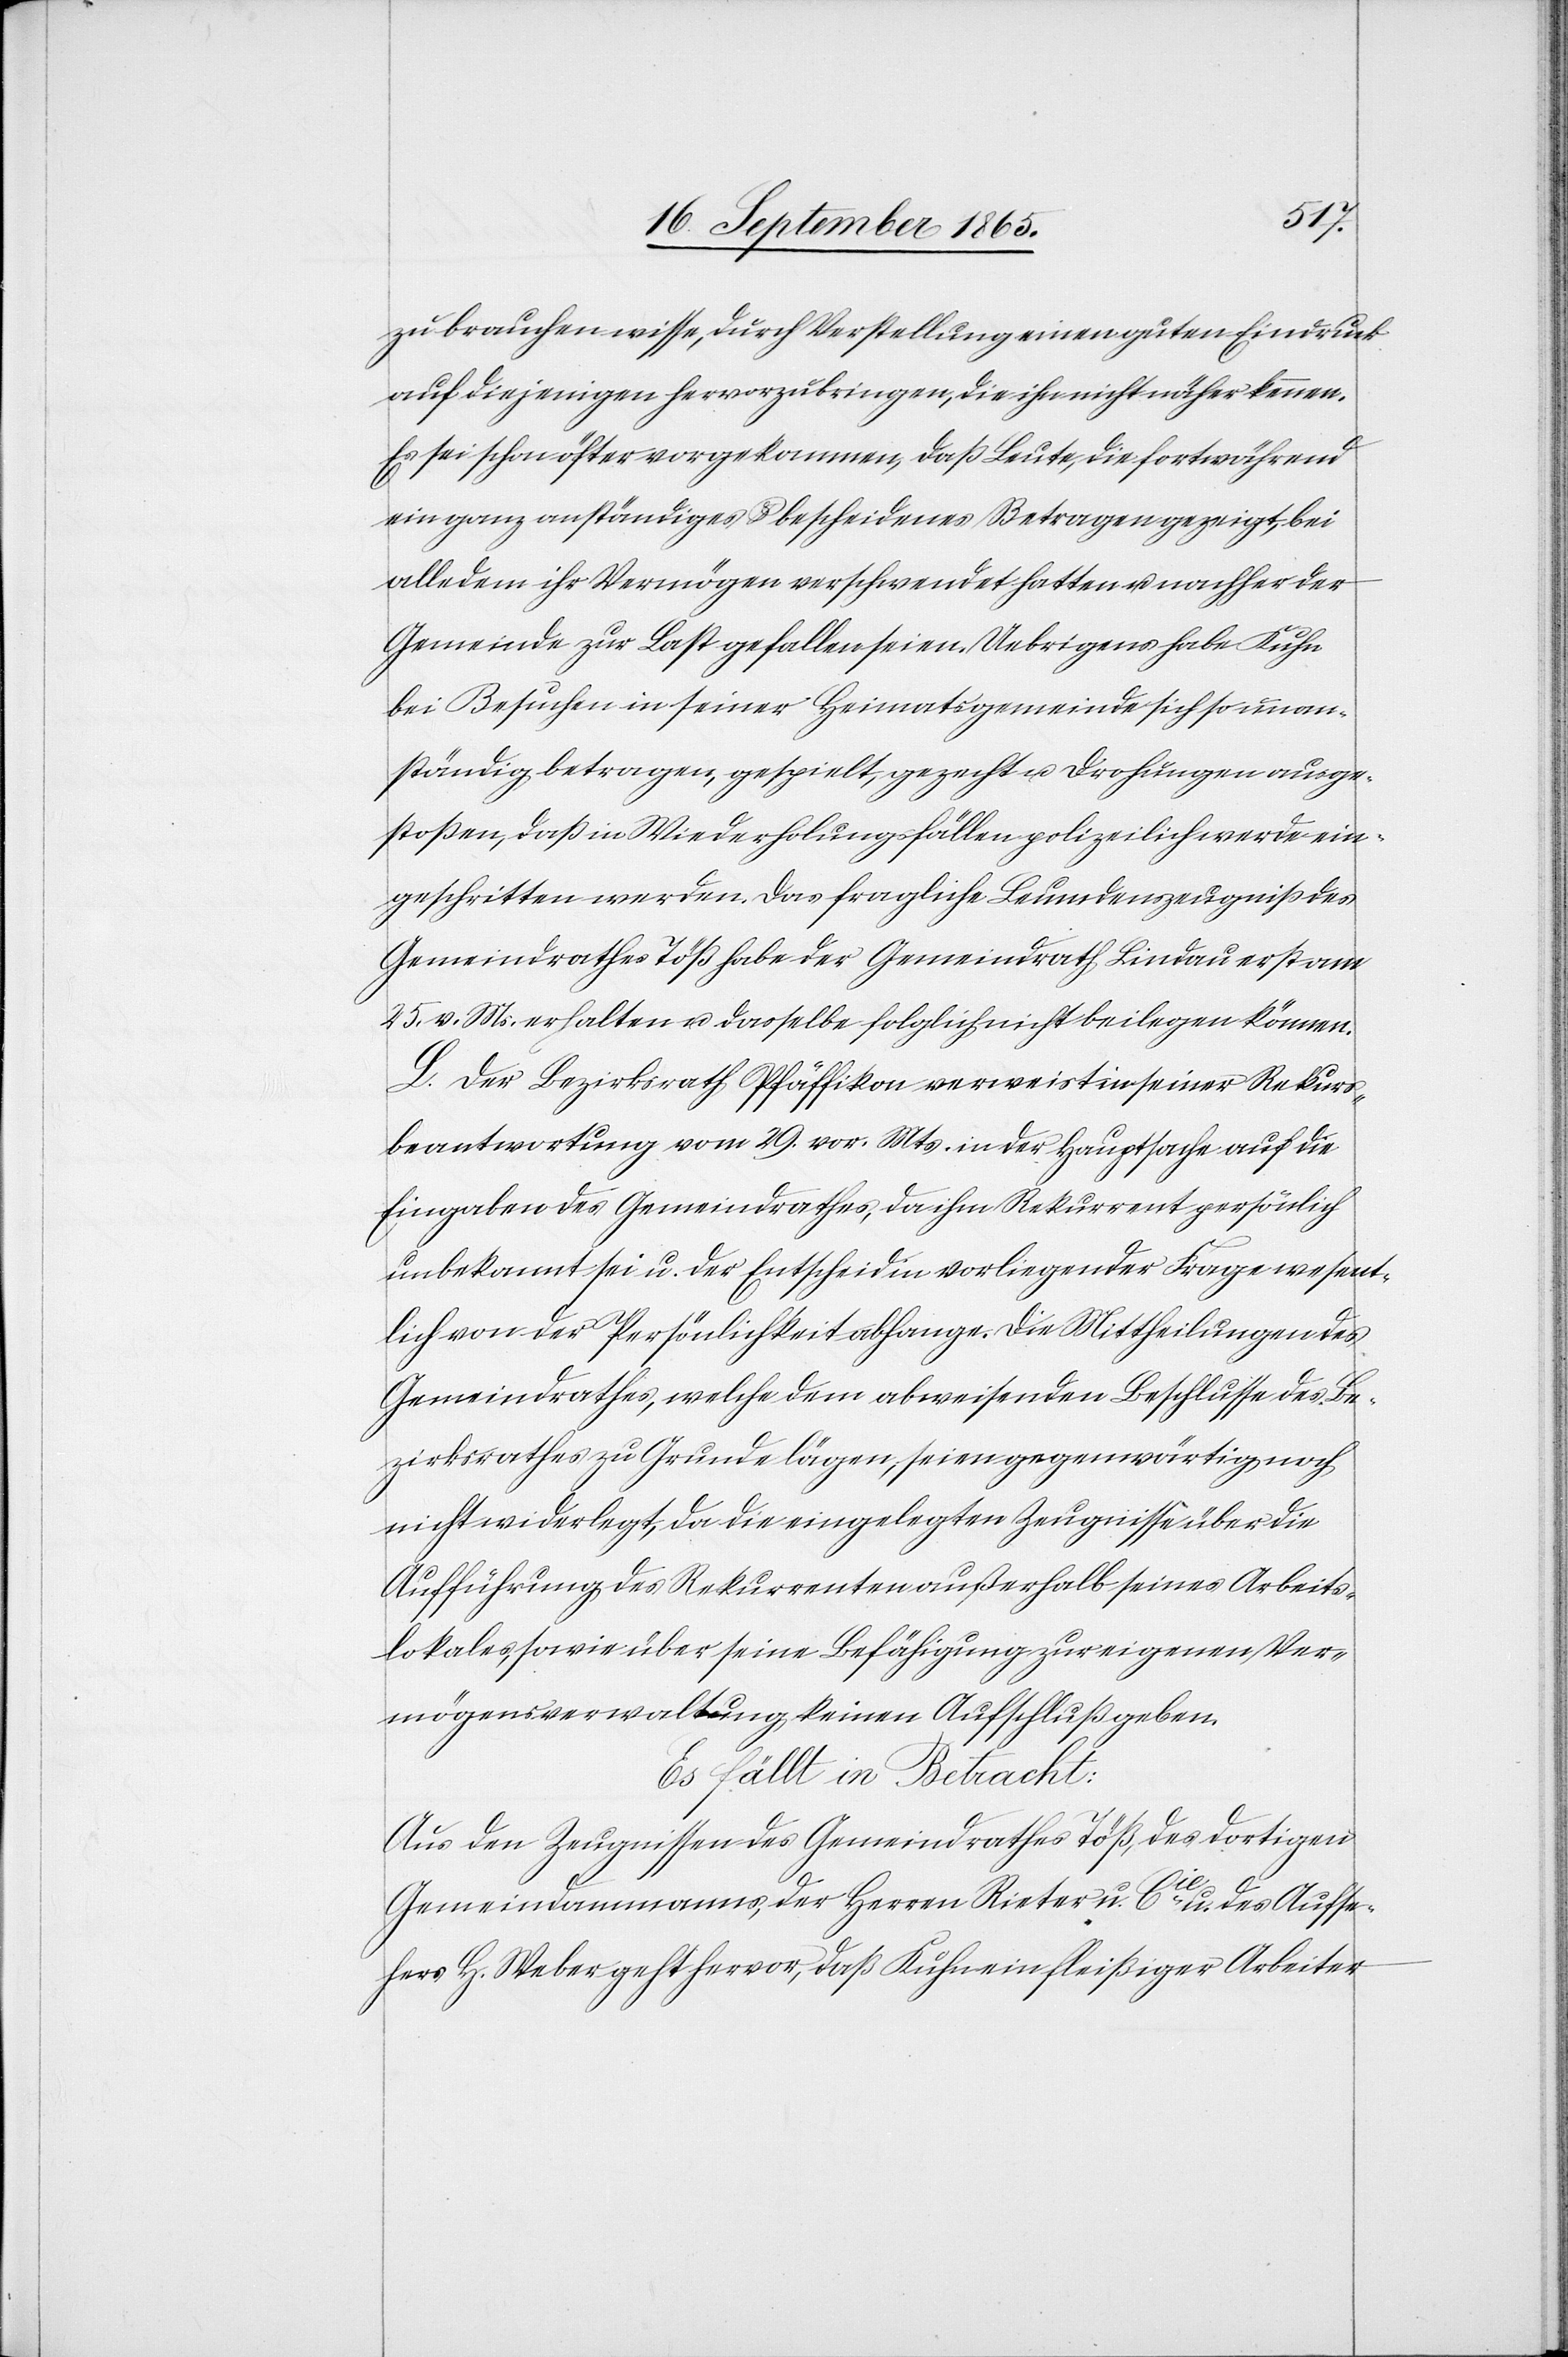
zu brauchen wisse, durch Verstellung einen guten Eindruck
auf diejenigen hervorzubringen, die ihn nicht näher kennen.
Es sei schon öfter vorgekommen, daß Leute, die fortwährend
ein ganz anständiges u. bescheidenes Betragen gezeigt, bei
alledem ihr Vermögen verschwendet hatten u. nachher der
Gemeinde zur Last gefallen seien. Uebrigens habe Kuhn
bei Besuchen in seiner Heimatsgemeinde sich so unan¬
ständig betragen, gespielt, gezecht u. Drohungen ausge¬
stoßen, daß in Wiederholungsfällen polizeilich werde ein¬
geschritten werden. Das fragliche Leumdenzeugniß des
Gemeindrathes Töß habe der Gemeindrath Lindau erst am
25. v. Ms. erhalten u. dasselbe folglich nicht beilegen können.
L. Der Bezirksrath Pfäffikon verweist in seiner Rekurs¬
beantwortung vom 29. vor. Mts. in der Hauptsache auf die
Eingaben des Gemeindrathes, da ihm Rekurrent persönlich
unbekannt sei u. der Entscheid in vorliegender Frage wesent¬
lich von der Persönlichkeit abhange. Die Mittheilungen des
Gemeindrathes, welche dem abweisenden Beschlusse des Be¬
zirksrathes zu Grunde lägen, seien gegenwärtig noch
nicht widerlegt, da die eingelegten Zeugnisse über die
Aufführung des Rekurrenten außerhalb seines Arbeits¬
lokales, sowie über seine Befähigung zur eigenen Ver¬
mögensverwaltung keinen Aufschluß geben.
Es fällt in Betracht:
Aus den Zeugnissen des Gemeindrathes Töß, des dortigen
Gemeindammanns, der Herren Rieter u. Cie u. des Aufse¬
hers H. Weber geht hervor, daß Kuhn ein fleißiger Arbeiter